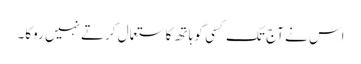
اس نے آج تک کسی کو ہاتھ کا ستعمال کرتے نہیں روکا۔